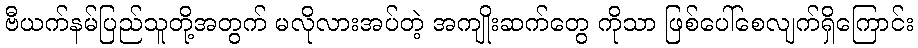
ဗီယက်နမ်ပြည်သူတို့အတွက် မလိုလားအပ်တဲ့ အကျိုးဆက်တွေ ကိုသာ ဖြစ်ပေါ်စေလျက်ရှိကြောင်း